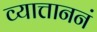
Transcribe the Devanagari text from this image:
व्यात्ताननं